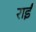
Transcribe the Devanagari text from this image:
राईं